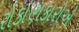
રોકાણકારોએ